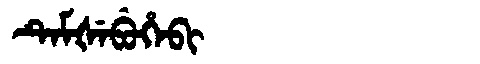
Manchu: ᡨᡝᠮᡧᡝᠪᡠᡥᡝᠪᡳ
Romanization: TEMŠEBUHEBI